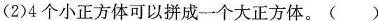
(2)4个小正方体可以拼成一个大正方体。()